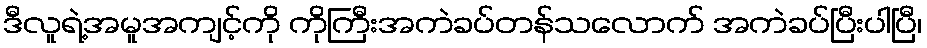
ဒီလူရဲ့အမူအကျင့်ကို ကိုကြီးအကဲခပ်တန်သလောက် အကဲခပ်ပြီးပါပြီ၊